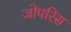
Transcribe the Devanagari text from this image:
जोपरिस